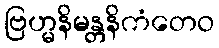
ဗြဟ္မနိမန္တနိကံတေဝ